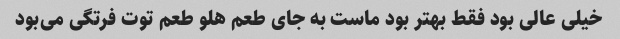
خیلی عالی بود فقط بهتر بود ماست به جای طعم هلو طعم توت فرتگی می‌بود